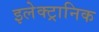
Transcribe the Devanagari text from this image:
इलेक्‍ट्रानिक